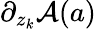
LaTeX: \partial_{z_{k}}\mathcal{A}(a)